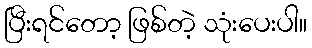
ပြီးရင်တော့ ဖြစ်တဲ့ သုံးပေးပါ။